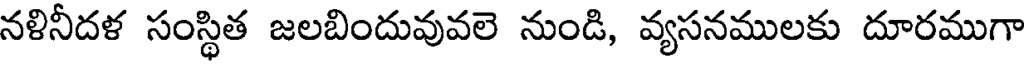
నళినీదళ సంస్థిత జలబిందువువలె నుండి, వ్యసనములకు దూరముగా